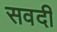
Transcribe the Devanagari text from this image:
सवदी